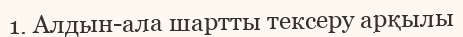
1. Алдын-ала шартты тексеру арқылы